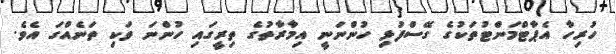
ހުރިހާ އެޕާޓްމަންޓުތަކުގެ ގޭސްފުޅި ހުންނަނީ އިމާރާތުގެ ތިރީގައި ހުންނަ ވަކި ތަނެއްގަ އެވެ.